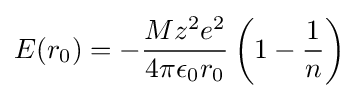
E(r_{0})=-{\frac {Mz^{2}e^{2}}{4\pi \epsilon _{0}r_{0}}}\left(1-{\frac {1}{n}}\right)